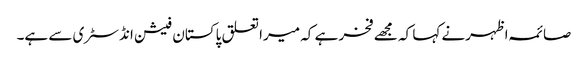
صائمہ اظہرنے کہا کہ مجھے فخر ہے کہ میرا تعلق پاکستان فیشن انڈسٹری سے ہے۔